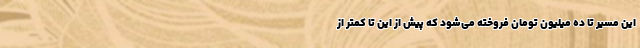
این مسیر تا ده میلیون تومان فروخته می‌شود که پیش از این تا کمتر از